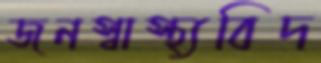
জনস্বাস্থ্যবিদ